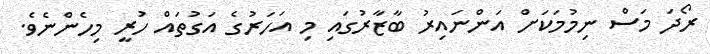
ރޯދަ މަސް ނިމުމަކަށް އަންނައިރު ބާޒާރުގައި މި އަހަރުގެ އަގުތައް ހުރީ މިހެންނެވެ.